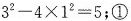
$$3^{2}-4 \times 1^{2}=5$$;①